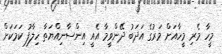
މީހާ މެރި މީހާއަށް މަރުގެ އަދަބު ދޭންވީމާ އެއީ އިންސާނިއްޔަތާ ހިލާފު ކަމަކަށް